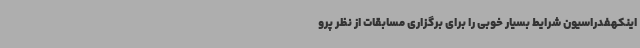
اینکهفدراسیون شرایط بسیار خوبی را برای برگزاری مسابقات از نظر پرو